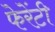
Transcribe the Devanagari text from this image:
फेरेंटी